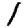
Digit: 1